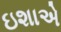
ઇશાએ